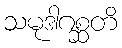
သမုဒါဂစ္ဆတိ